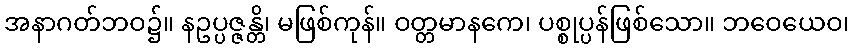
အနာဂတ်ဘဝ၌။ နဥပ္ပဇ္ဇန္တိ၊ မဖြစ်ကုန်။ ဝတ္တမာနကေ၊ ပစ္စုပ္ပန်ဖြစ်သော။ ဘဝေယေဝ၊